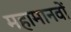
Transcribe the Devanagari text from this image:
महामानवों